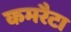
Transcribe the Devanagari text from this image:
कमरैटा